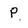
Character: P